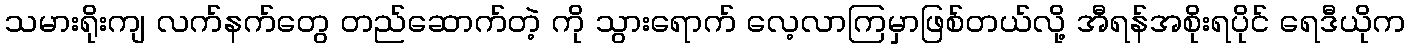
သမားရိုးကျ လက်နက်တွေ တည်ဆောက်တဲ့ ကို သွားရောက် လေ့လာကြမှာဖြစ်တယ်လို့ အီရန်အစိုးရပိုင် ရေဒီယိုက